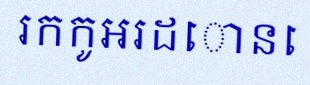
រកកូអរដោនេ